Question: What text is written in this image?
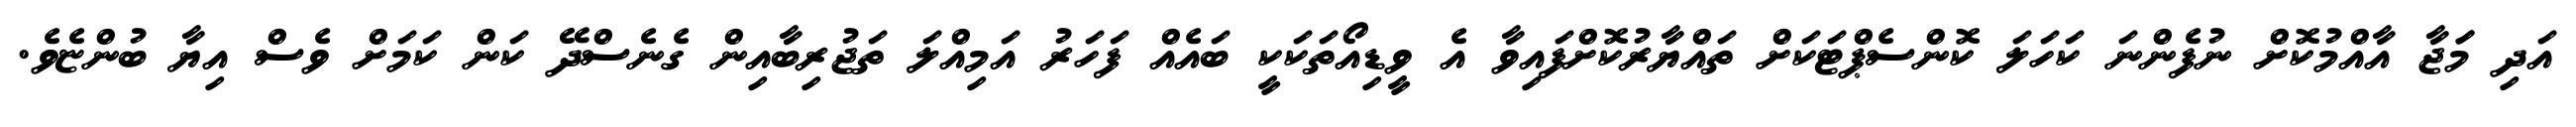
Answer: އަދި މަަޖާ އާއްމުކޮށް ނުފެންނަ ކަހަލަ ކޮންސެޕްޓަކަށް ތައްޔާރުކޮށްފައިވާ އެ ވީޑިއޯތަކަކީ ބައެއް ފަހަރު އަމިއްލަ ތަޖުރިބާއިން ގެނެސްދޭ ކަން ކަމަށް ވެސް އިޔާ ބުންޏެވެ.